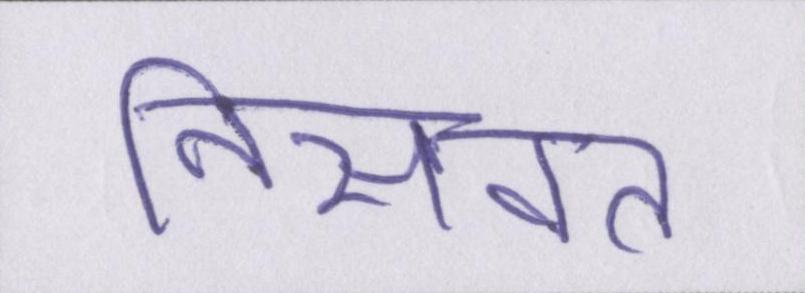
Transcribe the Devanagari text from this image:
निसवत